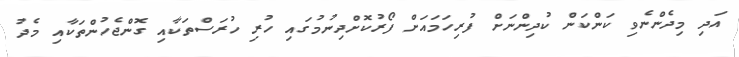
އަދި މިދެންނެވި ކަންކަން ކުދިންނަށް ފުރިހަމައަށް ފޯރުކޮށްދިނުމުގައި ހުރި ހުރަސްތަކާއި ގޮންޖެހުންތަކާއި މެދު